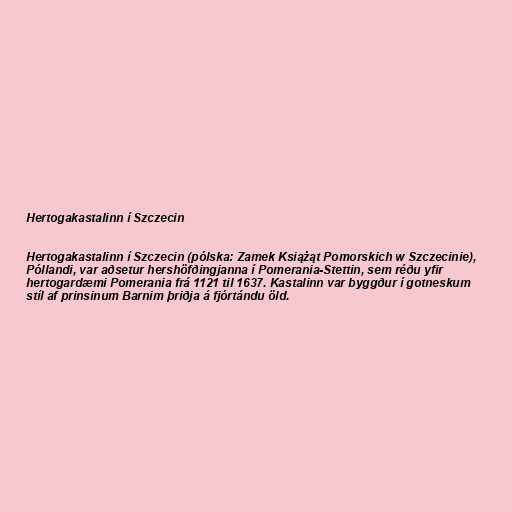
Hertogakastalinn í Szczecin

Hertogakastalinn í Szczecin (pólska: Zamek Książąt Pomorskich w Szczecinie),
Póllandi, var aðsetur hershöfðingjanna í Pomerania-Stettin, sem réðu yfir
hertogardæmi Pomerania frá 1121 til 1637. Kastalinn var byggður í gotneskum
stíl af prinsinum Barnim þriðja á fjórtándu öld.